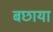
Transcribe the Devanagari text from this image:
बछाया